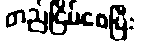
တည်ငြိမ်စေပြီး